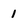
Character: 1